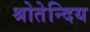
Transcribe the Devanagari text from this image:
श्रोतेन्दिय